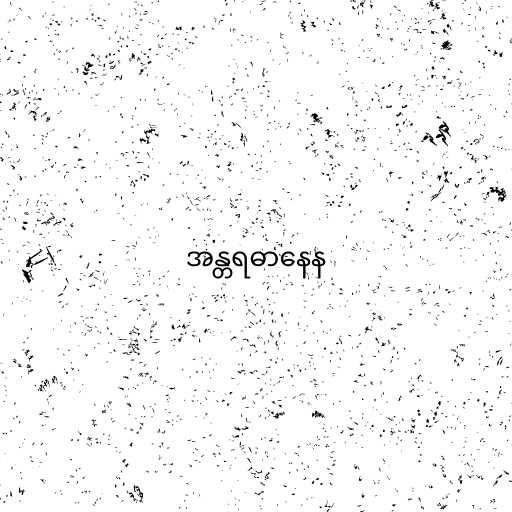
အန္တရဓာနေန